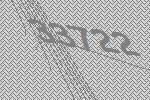
33722